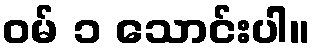
ဝမ် ၁ သောင်းပါ။